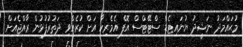
މުޙައްމަދު ނަޝީދު ޔުނައިޓެޑް ސްޓޭޓްސް އޮފް އެމެރިކާ އަށް ކުރެއްވި ދަތުރުފުޅުން ރާއްޖެއަށް